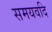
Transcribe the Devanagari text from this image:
समयवदि